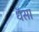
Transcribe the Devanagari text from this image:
धॅसा